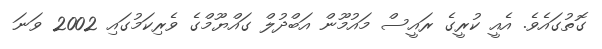
ގޮތުގައެވެ. އެއީ ކުރީގެ ރައީސް މައުމޫން އަބްދުލް ގައްޔޫމްގެ ވެރިކަމުގައި 2002 ވަނަ